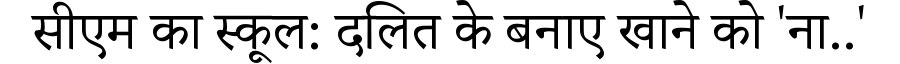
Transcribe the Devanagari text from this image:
सीएम का स्कूल: दलित के बनाए खाने को 'ना..'